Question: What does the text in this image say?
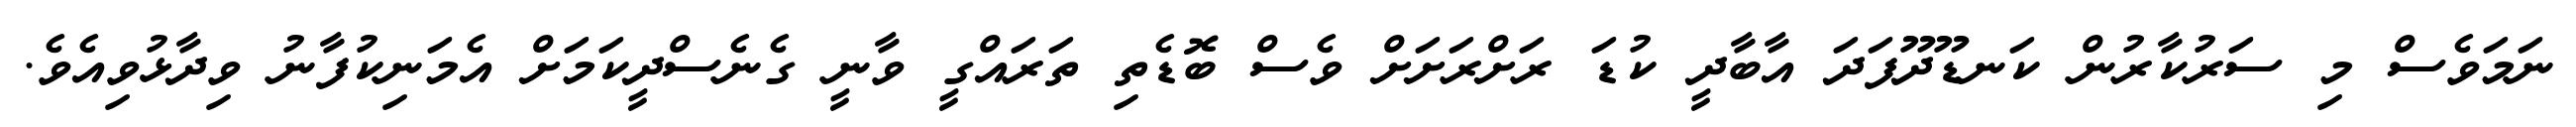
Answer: ނަމަވެސް މި ސަރުކާރުން ކަނޑޫދޫފަދަ އާބާދީ ކުޑަ ރަށްރަށަށް ވެސް ބޮޑެތި ތަރައްގީ ވާނީ ގެނެސްދީކަމަށް އެމަނިކުފާނު ވިދާޅުވިއެވެ.